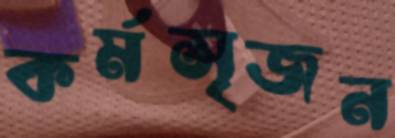
কর্মসৃজন